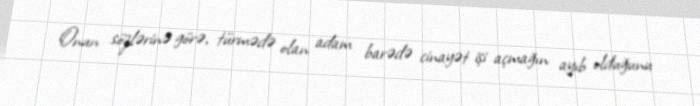
Onun sözlərinə görə, türmədə olan adam barədə cinayət işi açmağın ayıb olduğunu